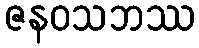
ဇနဝသဘဿ